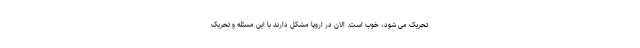
تحریک می شود، خوب است. الان در اروپا مشکل دارند با این مسئله و تحریک